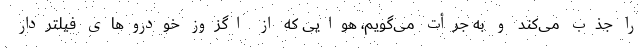
را جذب می‌کند و به جرأت می‌گویم، هوایی که از اگزوز خودروهای فیلتردار